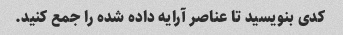
کدی بنویسید تا عناصر آرایه داده شده را جمع کنید.